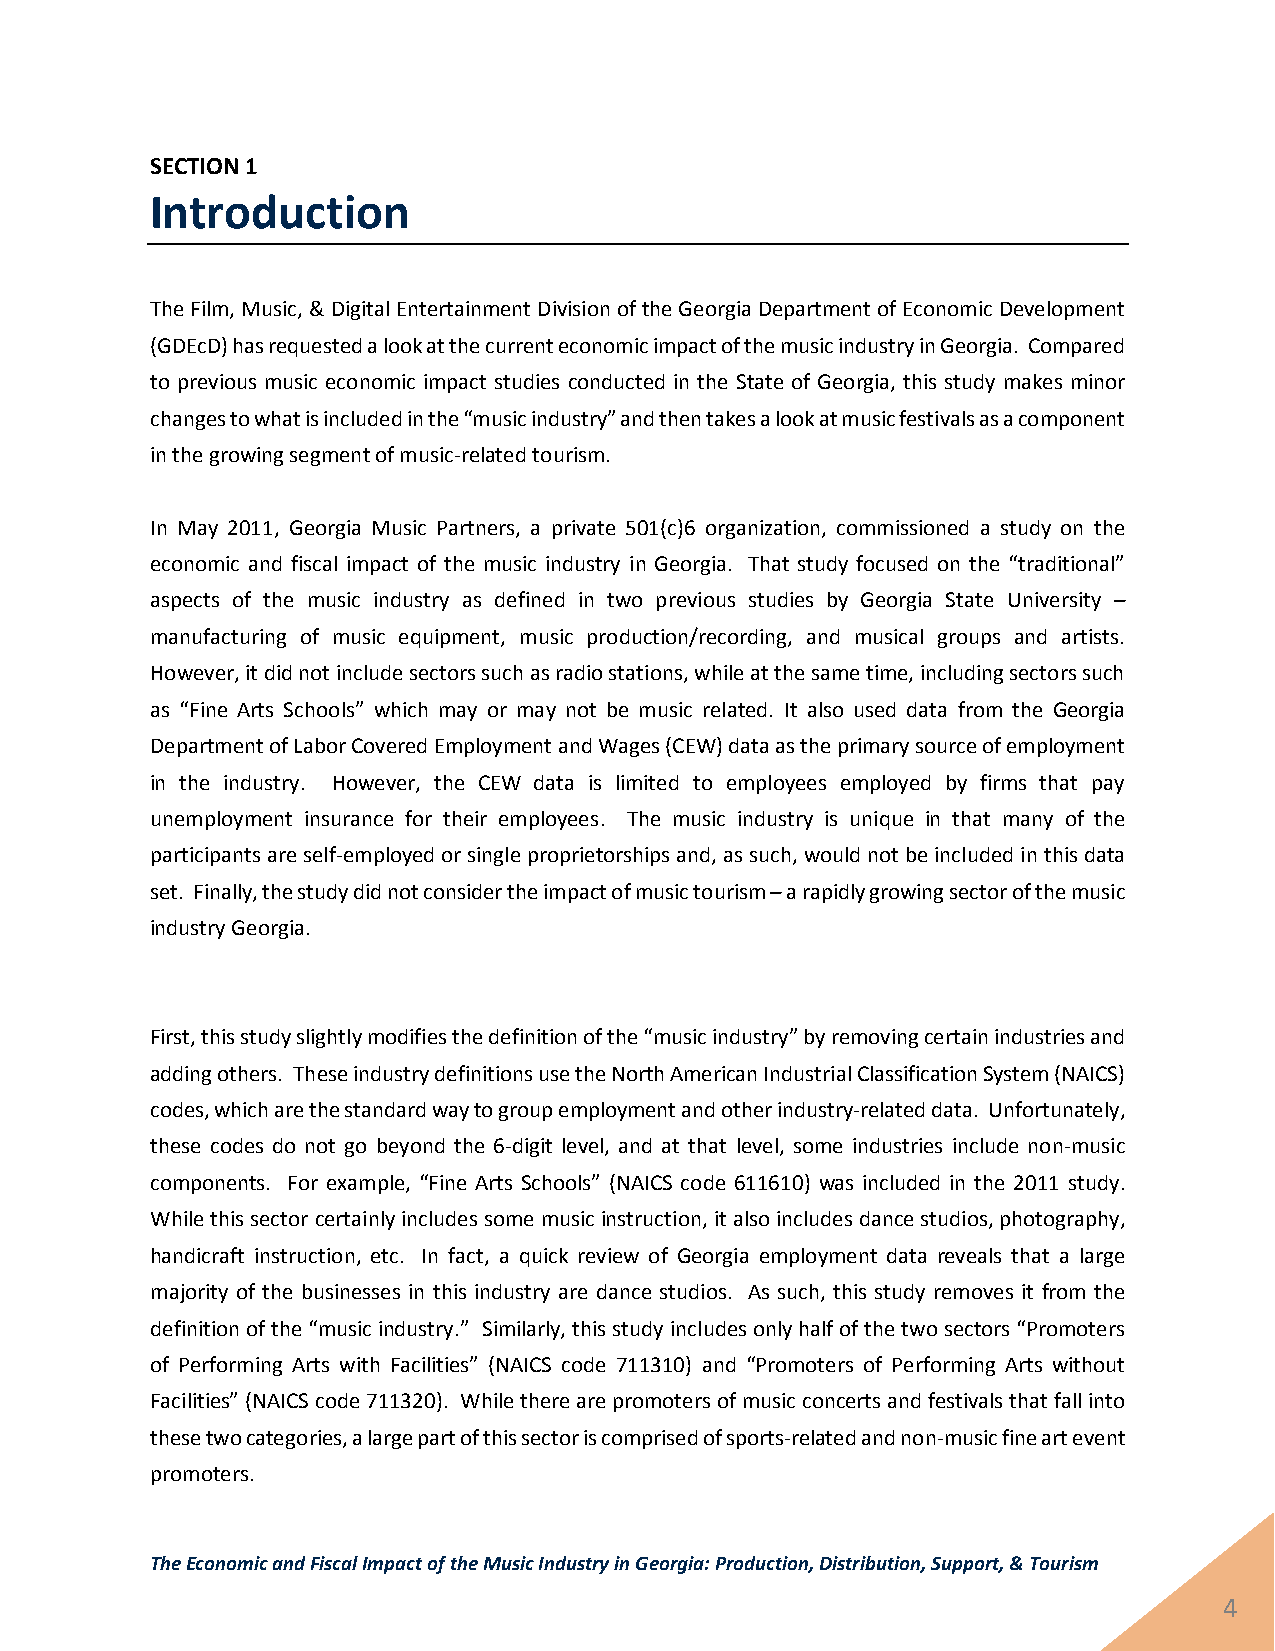
SECTION 1
 Introduction
 The Film, Music, & Digital Entertainment Division of the Georgia Department of Economic Development
 (GDEcD) has requested a look at the current economic impact of the music industry in Georgia. Compared
 to previous music economic impact studies conducted in the State of Georgia, this study makes minor
 changes to what is included in the “music industry” and then takes a look at music festivals as a component
 in the growing segment of music-related tourism.
 In May 2011, Georgia Music Partners, a private 501(c)6 organization, commissioned a study on the
 economic and fiscal impact of the music industry in Georgia. That study focused on the “traditional”
 aspects of the music industry as defined in two previous studies by Georgia State University –
 manufacturing of music equipment, music production/recording, and musical groups and artists.
 However, it did not include sectors such as radio stations, while at the same time, including sectors such
 as “Fine Arts Schools” which may or may not be music related. It also used data from the Georgia
 Department of Labor Covered Employment and Wages (CEW) data as the primary source of employment
 in the industry. However, the CEW data is limited to employees employed by firms that pay
 unemployment insurance for their employees. The music industry is unique in that many of the
 participants are self-employed or single proprietorships and, as such, would not be included in this data
 set. Finally, the study did not consider the impact of music tourism – a rapidly growing sector of the music
 industry Georgia.
 First, this study slightly modifies the definition of the “music industry” by removing certain industries and
 adding others. These industry definitions use the North American Industrial Classification System (NAICS)
 codes, which are the standard way to group employment and other industry-related data. Unfortunately,
 these codes do not go beyond the 6-digit level, and at that level, some industries include non-music
 components. For example, “Fine Arts Schools” (NAICS code 611610) was included in the 2011 study.
 While this sector certainly includes some music instruction, it also includes dance studios, photography,
 handicraft instruction, etc. In fact, a quick review of Georgia employment data reveals that a large
 majority of the businesses in this industry are dance studios. As such, this study removes it from the
 definition of the “music industry.” Similarly, this study includes only half of the two sectors “Promoters
 of Performing Arts with Facilities” (NAICS code 711310) and “Promoters of Performing Arts without
 Facilities” (NAICS code 711320). While there are promoters of music concerts and festivals that fall into
 these two categories, a large part of this sector is comprised of sports-related and non-music fine art event
 promoters.
 The Economic and Fiscal Impact of the Music Industry in Georgia: Production, Distribution, Support, & Tourism
 4